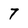
Character: 7